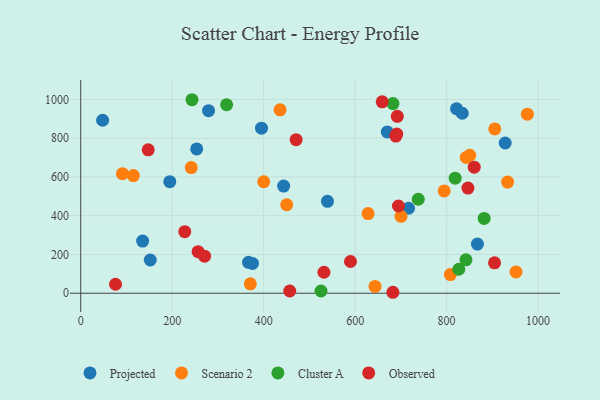
{"axis": {"x": "Investment", "y": "Fuel Efficiency"}, "legend": ["Cluster A", "Observed", "Projected", "Scenario 2"], "data": [{"x": "395.3", "y": 851.6, "type": "Projected"}, {"x": "47.9", "y": 892.3, "type": "Projected"}, {"x": "821.7", "y": 952.1, "type": "Projected"}, {"x": "443.7", "y": 552.6, "type": "Projected"}, {"x": "375.6", "y": 153.6, "type": "Projected"}, {"x": "834.2", "y": 928.5, "type": "Projected"}, {"x": "279.5", "y": 942.0, "type": "Projected"}, {"x": "928.1", "y": 775.1, "type": "Projected"}, {"x": "253.6", "y": 744.3, "type": "Projected"}, {"x": "716.8", "y": 438.5, "type": "Projected"}, {"x": "366.9", "y": 159.7, "type": "Projected"}, {"x": "135.4", "y": 269.0, "type": "Projected"}, {"x": "194.7", "y": 575.3, "type": "Projected"}, {"x": "152.1", "y": 171.4, "type": "Projected"}, {"x": "867.4", "y": 253.9, "type": "Projected"}, {"x": "539.5", "y": 474.4, "type": "Projected"}, {"x": "670.2", "y": 832.4, "type": "Projected"}, {"x": "700.3", "y": 396.6, "type": "Scenario 2"}, {"x": "91.3", "y": 616.6, "type": "Scenario 2"}, {"x": "628.4", "y": 411.2, "type": "Scenario 2"}, {"x": "643.5", "y": 35.0, "type": "Scenario 2"}, {"x": "843.0", "y": 700.4, "type": "Scenario 2"}, {"x": "794.7", "y": 527.8, "type": "Scenario 2"}, {"x": "905.3", "y": 847.6, "type": "Scenario 2"}, {"x": "850.6", "y": 711.8, "type": "Scenario 2"}, {"x": "241.7", "y": 648.5, "type": "Scenario 2"}, {"x": "115.1", "y": 607.0, "type": "Scenario 2"}, {"x": "450.4", "y": 456.4, "type": "Scenario 2"}, {"x": "808.2", "y": 96.1, "type": "Scenario 2"}, {"x": "933.4", "y": 573.4, "type": "Scenario 2"}, {"x": "435.9", "y": 946.2, "type": "Scenario 2"}, {"x": "976.6", "y": 923.6, "type": "Scenario 2"}, {"x": "951.7", "y": 109.7, "type": "Scenario 2"}, {"x": "370.8", "y": 48.5, "type": "Scenario 2"}, {"x": "400.1", "y": 575.2, "type": "Scenario 2"}, {"x": "826.6", "y": 123.7, "type": "Cluster A"}, {"x": "525.4", "y": 11.7, "type": "Cluster A"}, {"x": "818.7", "y": 593.8, "type": "Cluster A"}, {"x": "243.3", "y": 998.3, "type": "Cluster A"}, {"x": "882.1", "y": 385.9, "type": "Cluster A"}, {"x": "319.0", "y": 972.5, "type": "Cluster A"}, {"x": "682.7", "y": 978.6, "type": "Cluster A"}, {"x": "842.3", "y": 172.4, "type": "Cluster A"}, {"x": "738.0", "y": 485.0, "type": "Cluster A"}, {"x": "689.0", "y": 810.8, "type": "Observed"}, {"x": "256.6", "y": 214.2, "type": "Observed"}, {"x": "694.7", "y": 450.1, "type": "Observed"}, {"x": "457.0", "y": 11.6, "type": "Observed"}, {"x": "692.2", "y": 912.7, "type": "Observed"}, {"x": "860.4", "y": 650.3, "type": "Observed"}, {"x": "682.5", "y": 5.0, "type": "Observed"}, {"x": "589.8", "y": 163.7, "type": "Observed"}, {"x": "270.8", "y": 191.0, "type": "Observed"}, {"x": "471.0", "y": 792.4, "type": "Observed"}, {"x": "659.2", "y": 987.6, "type": "Observed"}, {"x": "531.8", "y": 108.4, "type": "Observed"}, {"x": "846.6", "y": 542.3, "type": "Observed"}, {"x": "227.5", "y": 317.7, "type": "Observed"}, {"x": "904.8", "y": 157.1, "type": "Observed"}, {"x": "691.0", "y": 821.3, "type": "Observed"}, {"x": "147.6", "y": 740.1, "type": "Observed"}, {"x": "76.1", "y": 46.5, "type": "Observed"}]}